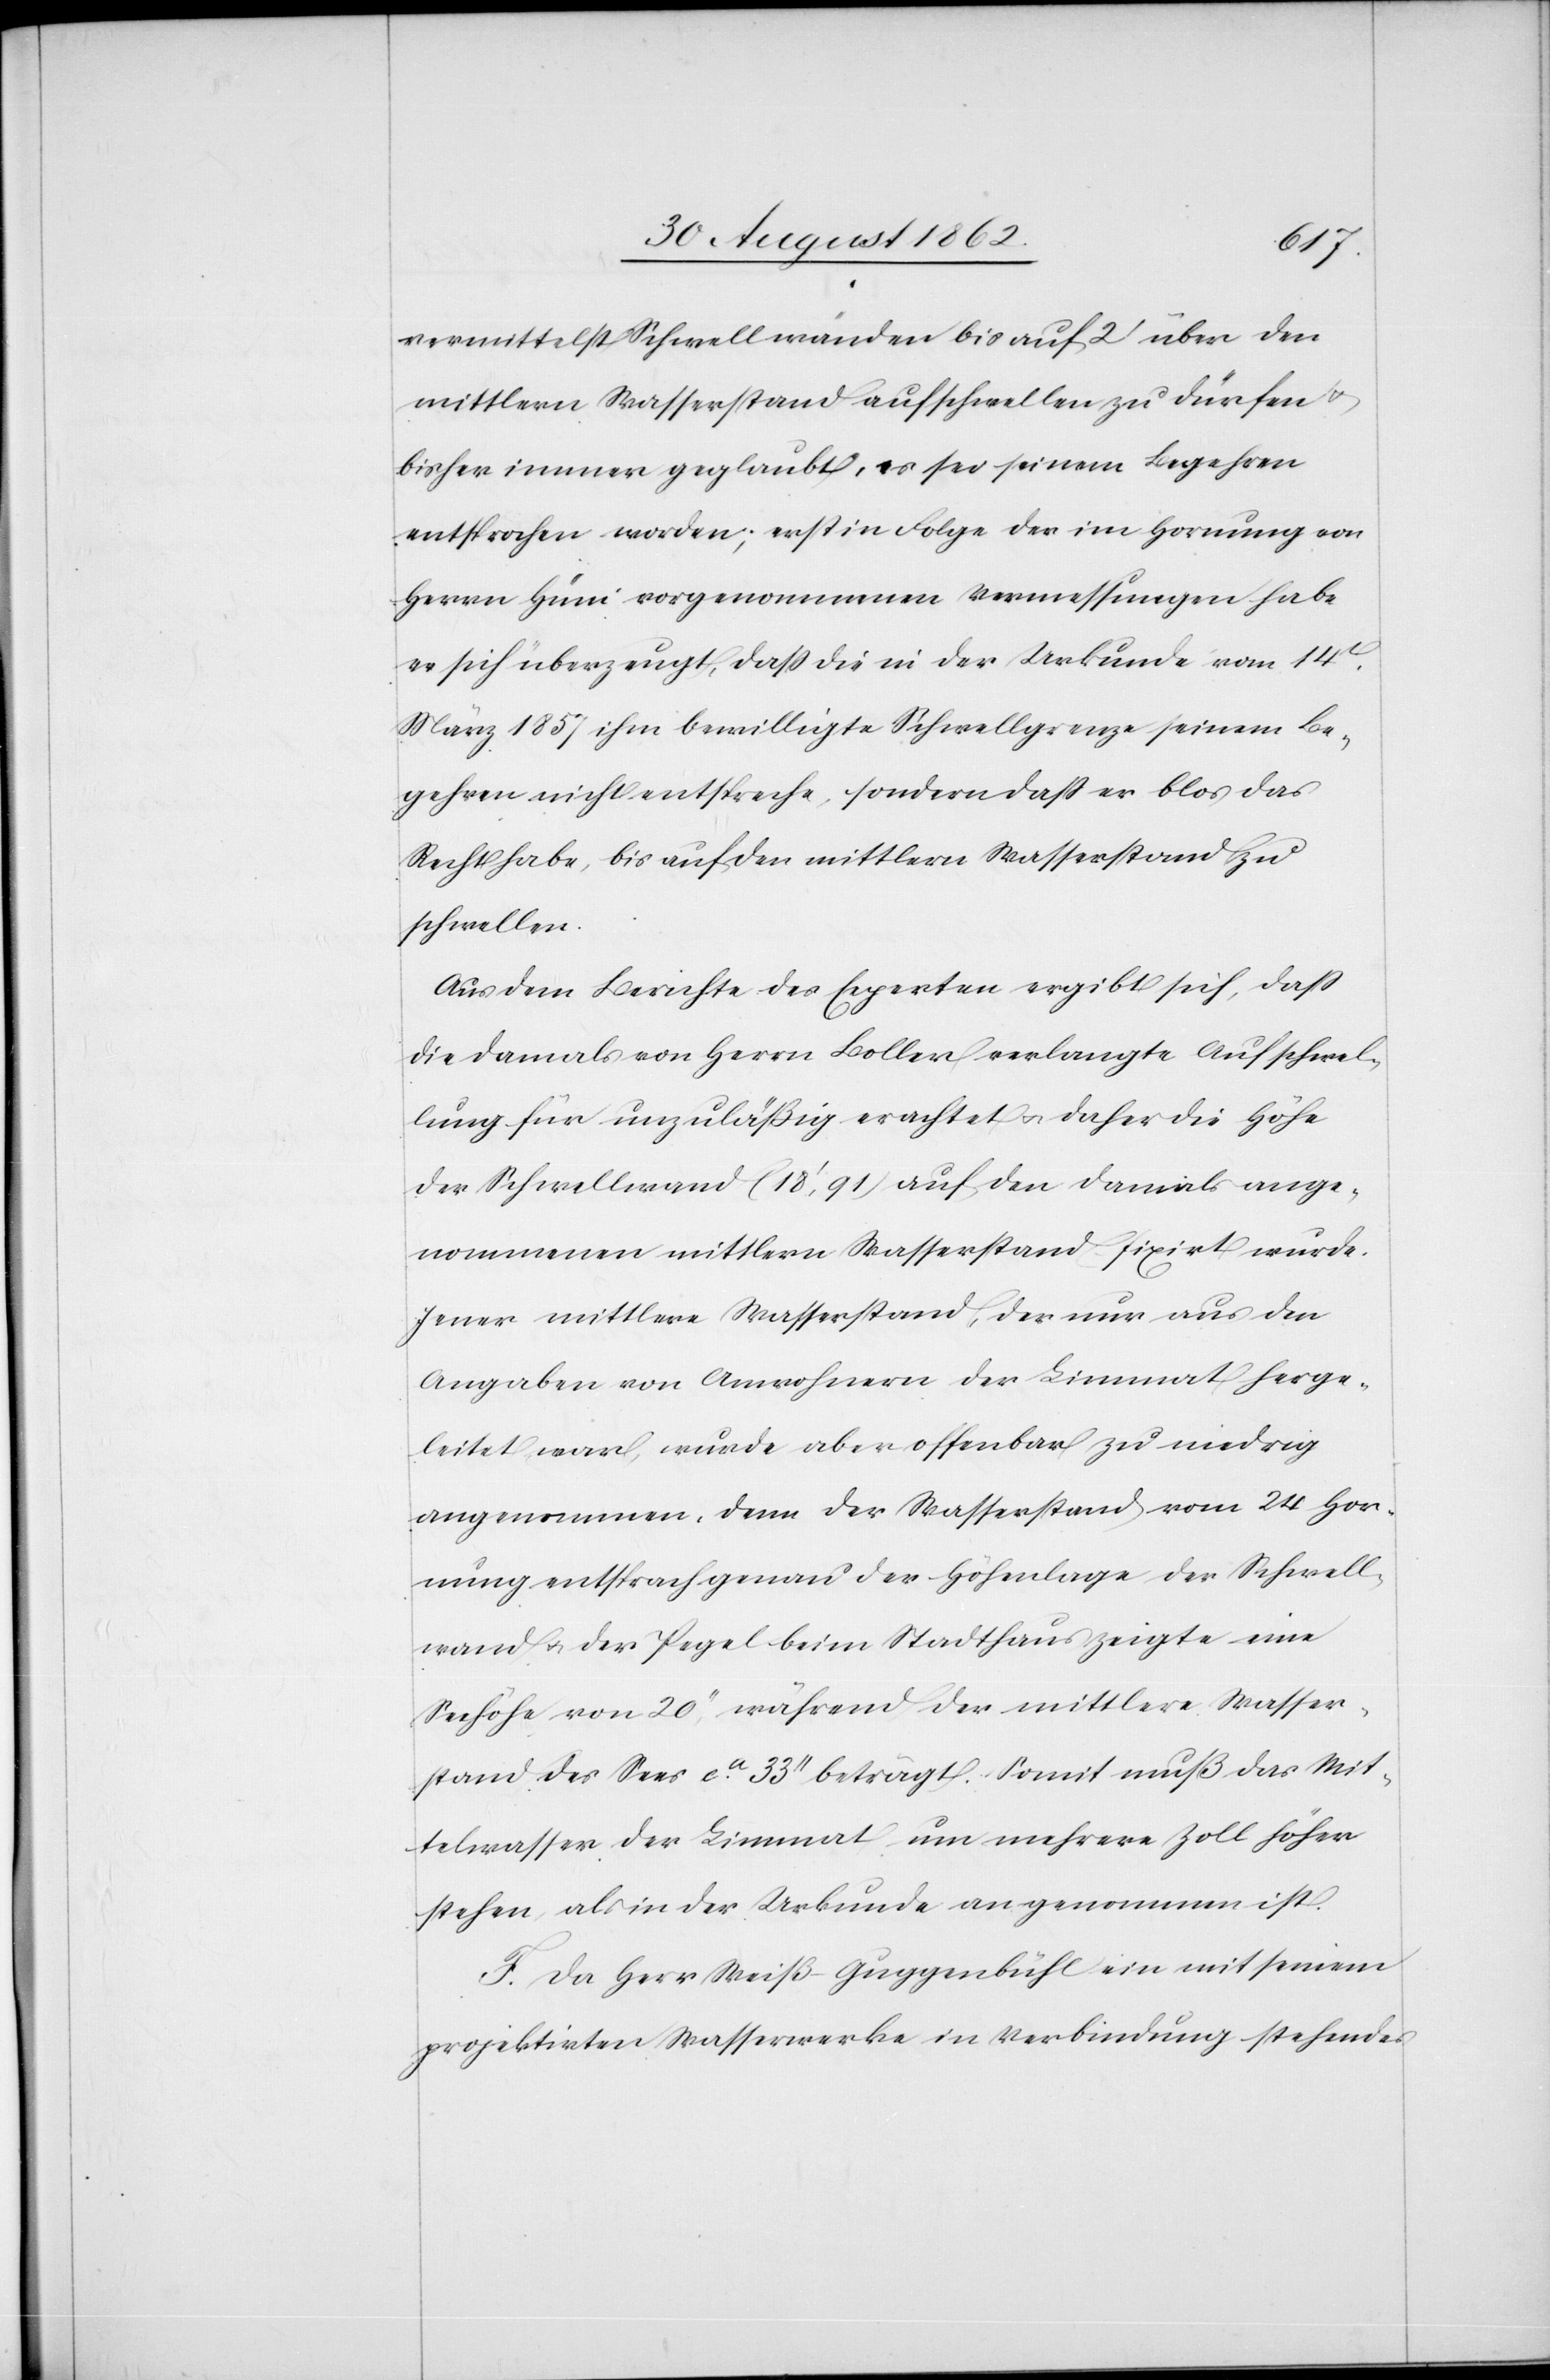
vermittelst Schwellwänden bis auf 2’ über den
mittlern Wasserstand aufschwellen zu dürfen u.
bisher immer geglaubt, es sei seinem Begehren
entsprochen worden; erst in Folge der im Hornung von
Herrn Hüni vorgenommenen Vermessungen habe
er sich überzeugt, daß die in der Urkunde vom 14t
März 1857 ihm bewilligte Schwellgrenze seinem Be¬
gehren nicht entspreche, sondern daß er blos das
Recht habe, bis auf den mittlern Wasserstand zu
schwellen.
Aus dem Bericht des Experten ergibt sich, daß
die damals von Herrn Boller verlangte Aufschwel¬
lung für unzuläßig erachtet u. daher die Höhe
der Schwellwand (18’,91) auf den damals ange¬
nommenen Mittlern Wasserstand fixirt wurde.
Jener mittlere Wasserstand, der nur aus den
Angaben von Anwohnern der Limmat herge¬
leitet war, wurde aber offenbar zu niedrig
angenommen, denn der Wasserstand vom 24. Hor¬
nung entsprach genau der Höhenlage der Schwell¬
wand u. der Pegel beim Stadthaus zeigt eine
Seehöhe von 20’’, während der mittlere Wasser¬
stand des Sees ca 33’ beträgt. Somit muß das Mit¬
telwasser der Limmat um mehrere Zoll höher
stehen, als in der Urkunde angenommen ist.
F. Da Herr Weiß-Guggenbühl ein mit seinem
projektirten Wasserwerke in Verbindung stehendes